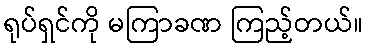
ရုပ်ရှင်ကို မကြာခဏ ကြည့်တယ်။